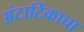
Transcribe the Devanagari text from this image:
अंटार्टिकाचा